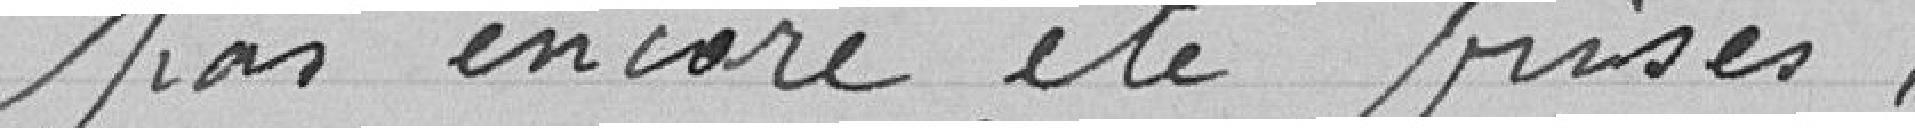
pas encore été prises .